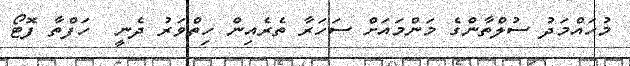
މުހައްމަދު ސުލްތާންގެ މަންމައަށް ސަހަރާ ތެރެއިން ހިތްވަރު ދެނީ  ހަފްތާ ފޮޓޯ